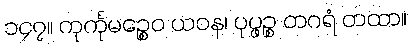
၁၄၇။ ကုင်္ကုမဉ္စေဝ ယဝန၊ ပုပ္ဖဉ္စ တဂရံ တထာ။